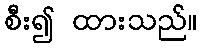
စီး၍ ထားသည်။